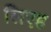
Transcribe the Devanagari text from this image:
लिएह